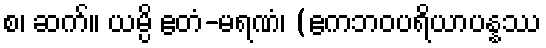
စ၊ ဆက်။ ယမ္ပိ ဧတံ-မရဏံ၊ (ဧကဘဝပရိယာပန္နဿ